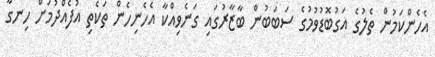
އެހެންކަމުން ތެލުގެ އަގުބޮޑުވުމުގެ ސަބަބުން ބާޒާރުގައި ގަަނެވިއްކާ އެހެނިހެން ތަކެތި އުފެއްދުމަށް ހިނގާ